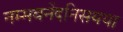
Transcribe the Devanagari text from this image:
नम्मवनेंदनिसयया